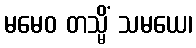
မမေဝ တသ္မိံ သမယေ၊